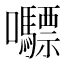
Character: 𭍇